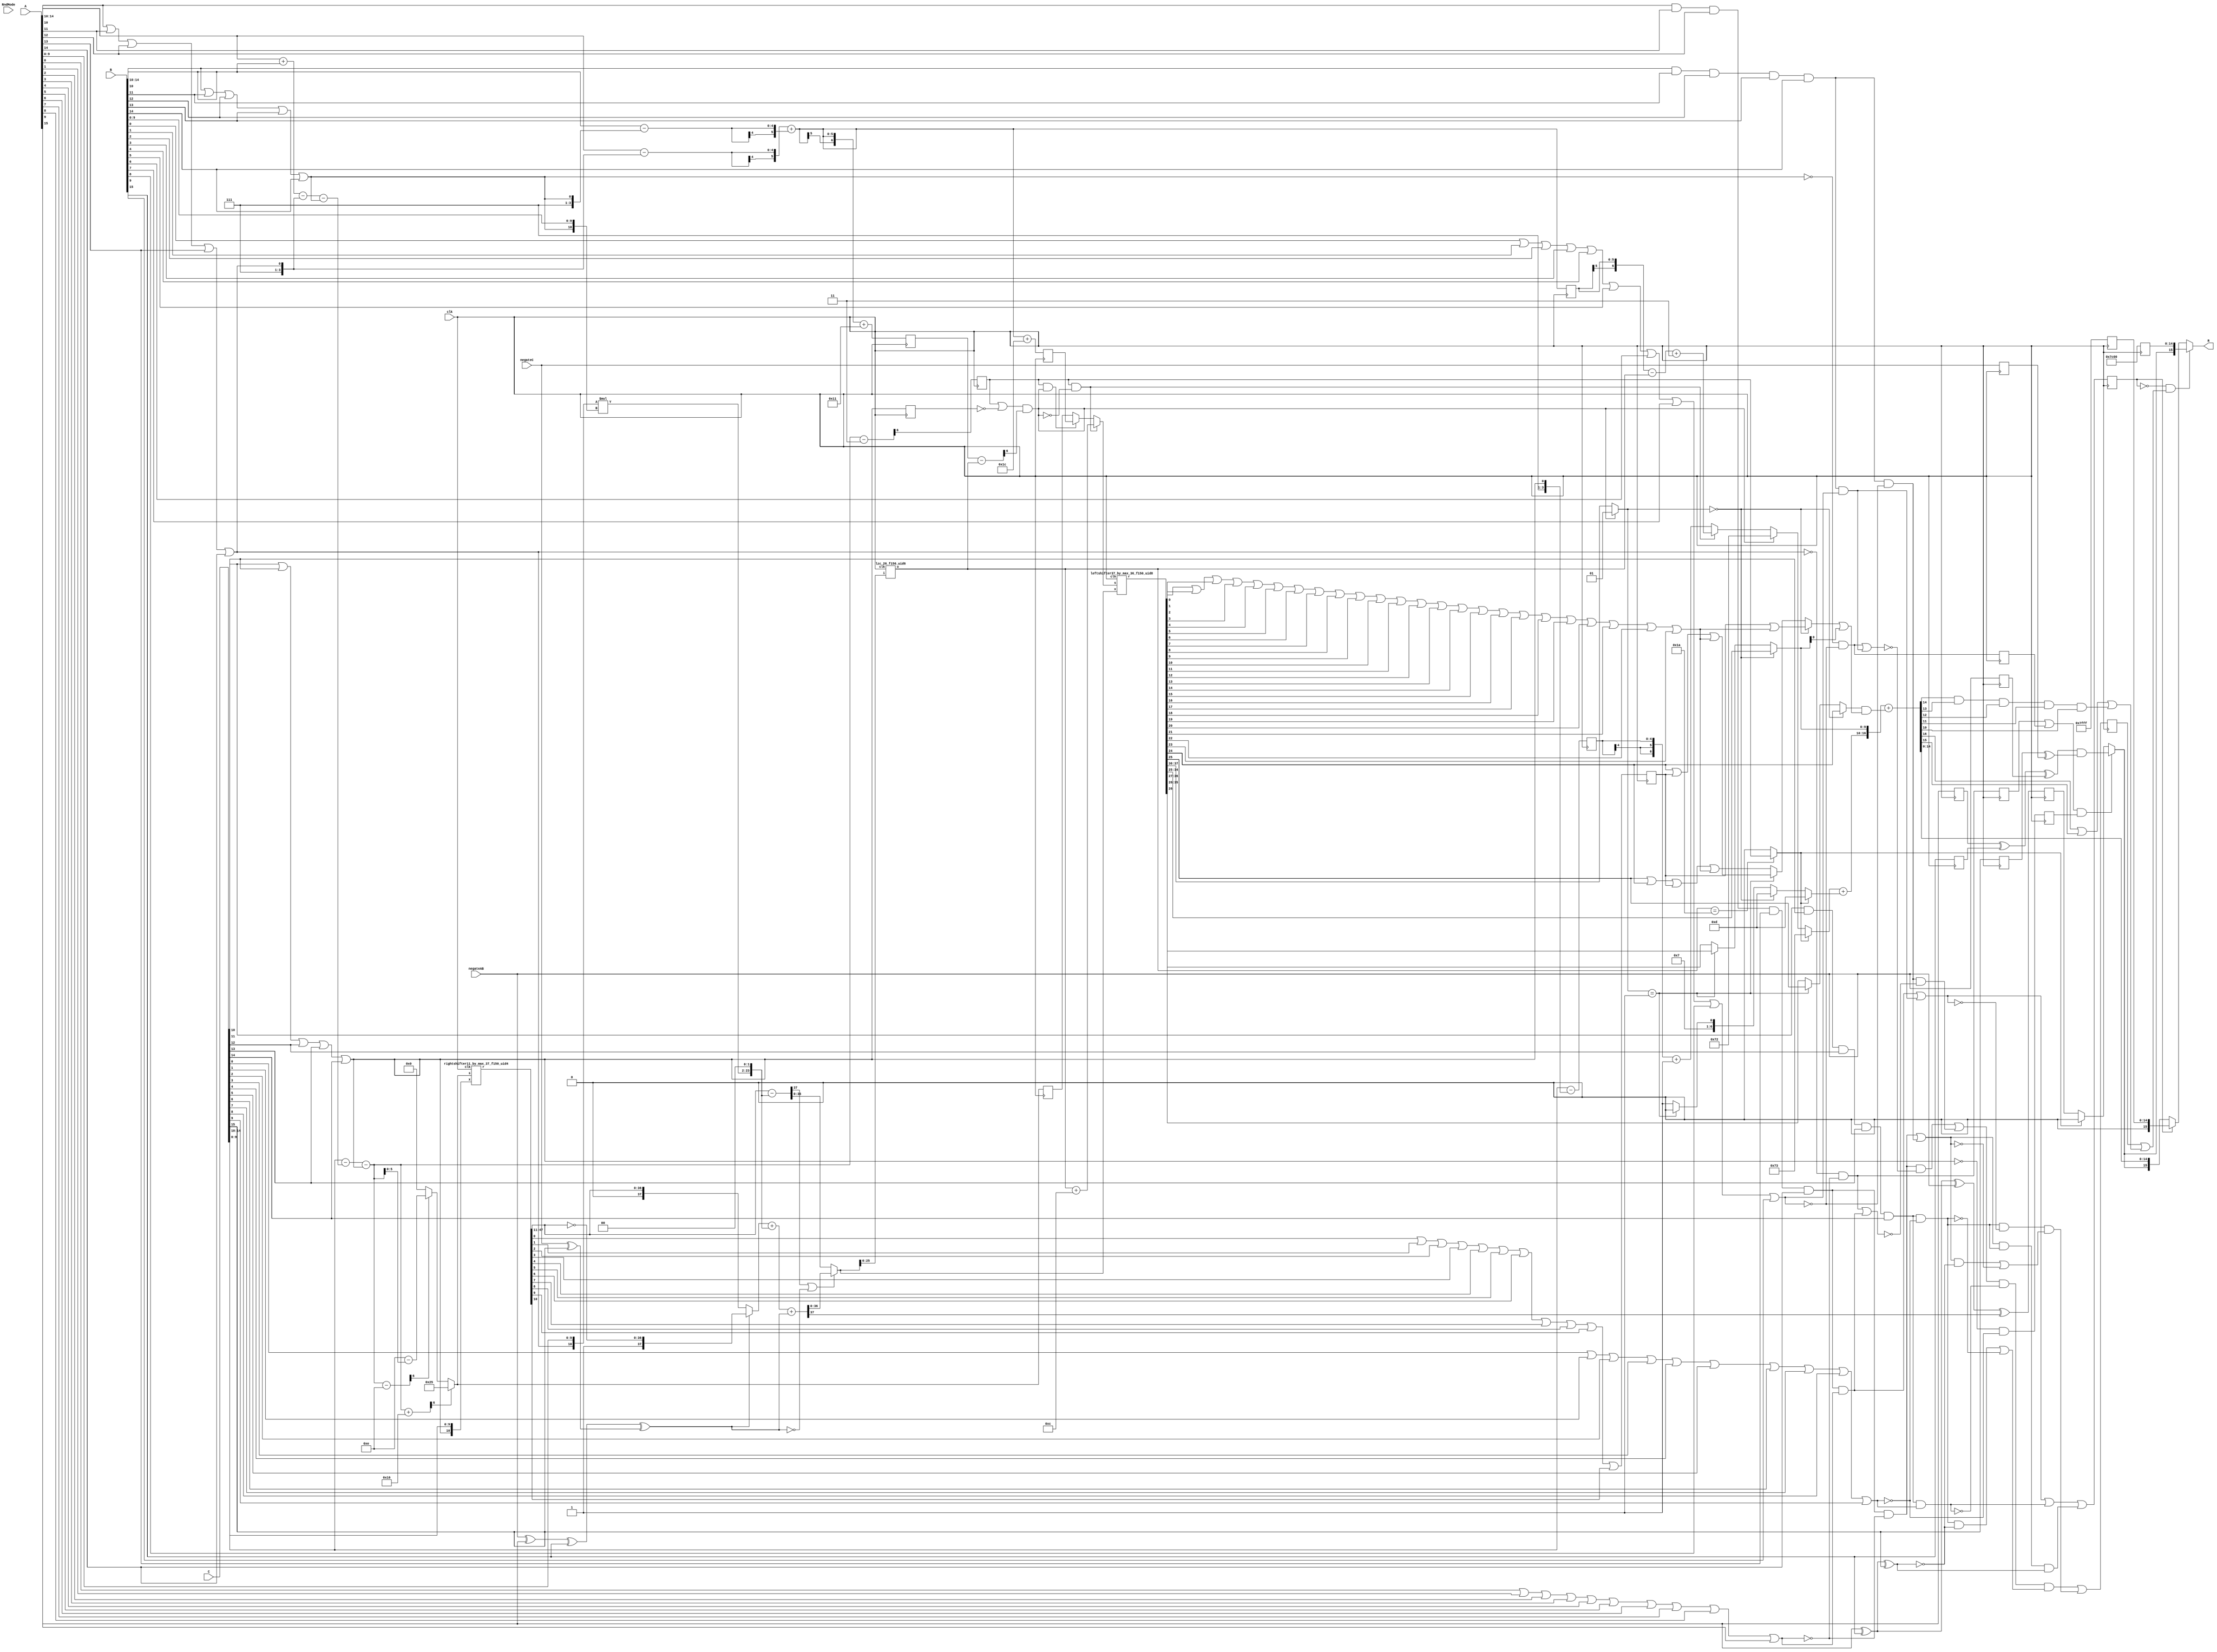
/* Generated by Yosys 0.13+37 (git sha1 675a7bd22, clang 11.0.1-2 -fPIC -Os) */

module IEEEFMA_H(clk, A, B, C, negateAB, negateC, RndMode, R);
  reg _000_;
  reg _001_;
  wire _002_;
  wire _003_;
  wire _004_;
  wire _005_;
  wire _006_;
  wire _007_;
  wire _008_;
  wire _009_;
  wire _010_;
  wire _011_;
  reg [4:0] _012_;
  wire _013_;
  wire _014_;
  wire _015_;
  wire _016_;
  wire _017_;
  wire _018_;
  wire _019_;
  wire _020_;
  wire _021_;
  wire _022_;
  reg _023_;
  wire _024_;
  wire _025_;
  wire _026_;
  wire _027_;
  wire _028_;
  wire _029_;
  wire _030_;
  wire _031_;
  wire _032_;
  wire _033_;
  reg [5:0] _034_;
  wire _035_;
  wire [4:0] _036_;
  wire _037_;
  wire _038_;
  wire _039_;
  wire _040_;
  wire [6:0] _041_;
  wire [6:0] _042_;
  wire [6:0] _043_;
  wire [6:0] _044_;
  reg _045_;
  wire [6:0] _046_;
  wire [6:0] _047_;
  wire [6:0] _048_;
  wire [6:0] _049_;
  wire [5:0] _050_;
  wire [5:0] _051_;
  wire [5:0] _052_;
  wire [47:0] _053_;
  wire _054_;
  wire _055_;
  reg _056_;
  wire _057_;
  wire _058_;
  wire _059_;
  wire _060_;
  wire _061_;
  wire _062_;
  wire _063_;
  wire _064_;
  wire [21:0] _065_;
  wire _066_;
  reg [6:0] _067_;
  wire [37:0] _068_;
  wire [36:0] _069_;
  wire [37:0] _070_;
  wire [37:0] _071_;
  wire [37:0] _072_;
  wire _073_;
  wire _074_;
  wire _075_;
  wire _076_;
  wire _077_;
  reg [5:0] _078_;
  wire [36:0] _079_;
  wire [4:0] _080_;
  wire [6:0] _081_;
  wire [6:0] _082_;
  wire _083_;
  wire _084_;
  wire _085_;
  wire _086_;
  wire _087_;
  wire _088_;
  reg [14:0] _089_;
  wire _090_;
  wire _091_;
  wire _092_;
  wire _093_;
  wire _094_;
  wire _095_;
  wire _096_;
  wire [5:0] _097_;
  wire [5:0] _098_;
  wire _099_;
  reg [14:0] _100_;
  wire _101_;
  wire [5:0] _102_;
  wire _103_;
  wire [5:0] _104_;
  wire [72:0] _105_;
  wire [6:0] _106_;
  wire [6:0] _107_;
  wire [6:0] _108_;
  wire [6:0] _109_;
  wire _110_;
  reg _111_;
  reg _112_;
  wire _113_;
  wire [6:0] _114_;
  wire [6:0] _115_;
  wire _116_;
  wire _117_;
  wire _118_;
  wire _119_;
  wire _120_;
  wire _121_;
  wire _122_;
  reg _123_;
  wire _124_;
  wire _125_;
  wire _126_;
  wire _127_;
  wire _128_;
  wire _129_;
  wire _130_;
  wire _131_;
  wire _132_;
  wire _133_;
  wire _134_;
  wire _135_;
  wire _136_;
  wire _137_;
  wire _138_;
  wire _139_;
  wire _140_;
  wire [1:0] _141_;
  wire _142_;
  wire [9:0] _143_;
  wire _144_;
  wire _145_;
  wire [9:0] _146_;
  wire _147_;
  wire _148_;
  wire _149_;
  wire _150_;
  wire _151_;
  wire _152_;
  wire _153_;
  wire _154_;
  wire _155_;
  wire _156_;
  wire _157_;
  wire _158_;
  wire _159_;
  wire _160_;
  wire _161_;
  wire _162_;
  wire _163_;
  wire [6:0] _164_;
  wire _165_;
  wire [6:0] _166_;
  wire _167_;
  wire _168_;
  wire [6:0] _169_;
  wire [6:0] _170_;
  wire [16:0] _171_;
  wire _172_;
  wire _173_;
  wire _174_;
  wire _175_;
  wire _176_;
  wire _177_;
  wire _178_;
  wire _179_;
  wire _180_;
  wire _181_;
  wire [15:0] _182_;
  wire [15:0] _183_;
  wire _184_;
  wire _185_;
  wire _186_;
  reg _187_;
  wire _188_;
  wire _189_;
  wire _190_;
  wire _191_;
  wire _192_;
  wire _193_;
  wire _194_;
  wire _195_;
  wire _196_;
  wire _197_;
  reg _198_;
  wire _199_;
  wire _200_;
  wire _201_;
  wire _202_;
  wire _203_;
  wire _204_;
  wire _205_;
  wire _206_;
  wire _207_;
  wire _208_;
  reg [5:0] _209_;
  wire _210_;
  wire _211_;
  wire _212_;
  wire _213_;
  wire _214_;
  wire _215_;
  wire _216_;
  wire _217_;
  wire _218_;
  wire _219_;
  reg _220_;
  wire _221_;
  wire _222_;
  wire _223_;
  wire _224_;
  wire _225_;
  wire _226_;
  wire _227_;
  wire _228_;
  wire [4:0] _229_;
  wire [4:0] _230_;
  reg _231_;
  wire [5:0] _232_;
  wire _233_;
  wire _234_;
  wire _235_;
  wire _236_;
  wire _237_;
  wire _238_;
  wire _239_;
  wire _240_;
  wire _241_;
  reg _242_;
  wire _243_;
  wire _244_;
  wire _245_;
  wire _246_;
  wire _247_;
  wire _248_;
  wire _249_;
  wire _250_;
  wire _251_;
  wire _252_;
  reg _253_;
  wire _254_;
  wire _255_;
  wire _256_;
  wire _257_;
  wire _258_;
  wire _259_;
  wire _260_;
  wire _261_;
  wire _262_;
  wire _263_;
  input [15:0] A;
  wire [15:0] A;
  input [15:0] B;
  wire [15:0] B;
  input [15:0] C;
  wire [15:0] C;
  output [15:0] R;
  wire [15:0] R;
  input [1:0] RndMode;
  wire [1:0] RndMode;
  wire [4:0] aexp;
  wire [4:0] aexpfield;
  wire [5:0] aexpplusbexp;
  wire [5:0] aexpplusbexp_d1;
  wire ahasnonnullsig;
  wire aisinf;
  wire aisinfornan;
  wire aisnan;
  wire aisnormal;
  wire aiszero;
  wire aiszero_d1;
  wire asgn;
  wire asgn_d1;
  wire [10:0] asig;
  wire [9:0] asigfield;
  wire [4:0] bexp;
  wire [4:0] bexpfield;
  wire bhasnonnullsig;
  wire [37:0] bigsum;
  wire [37:0] bigsum2;
  wire [36:0] bigsumabs;
  wire [25:0] bigsumabslowerbits;
  wire [72:0] bigsumnormd;
  wire bisinf;
  wire bisinfornan;
  wire bisnan;
  wire bisnormal;
  wire biszero;
  wire biszero_d1;
  wire bsgn;
  wire bsgn_d1;
  wire [10:0] bsig;
  wire [9:0] bsigfield;
  wire [4:0] cexp;
  wire [4:0] cexp_d1;
  wire [4:0] cexpfield;
  wire chasnonnullsig;
  wire cisinf;
  wire cisinfornan;
  wire cisnan;
  wire cisnormal;
  wire cisnormal_d1;
  wire ciszero;
  wire ciszero_d1;
  input clk;
  wire clk;
  wire csgn;
  wire csgn_d1;
  wire [10:0] csig;
  wire [9:0] csigfield;
  wire [37:0] csiginverted;
  wire [47:0] csigshifted;
  wire [36:0] csigshiftedt;
  wire effectivesub;
  wire [6:0] expdiff;
  wire expdiffnotlarge;
  wire [6:0] expdiffprepare;
  wire expdiffsmall;
  wire expdiffsmall_d1;
  wire expdiffverysmall;
  wire [6:0] exponentresult1;
  wire [6:0] exptentative;
  wire [6:0] expupdate;
  wire finalrisinf;
  wire [1:0] fracleadingbits;
  wire [1:0] fracleadingbitsnormal;
  wire [9:0] fracresultnormd;
  wire fracresultroundbit;
  wire fracresultstickybit;
  wire [13:0] fractentative;
  wire [4:0] \ieeefma_5_10_f150_uid2leadingzerocounter:418 ;
  wire [14:0] inf;
  wire [14:0] inf_d1;
  wire [4:0] l;
  wire [14:0] nan;
  wire [14:0] nan_d1;
  input negateAB;
  wire negateAB;
  input negateC;
  wire negateC;
  wire negateab_d1;
  wire negatec_d1;
  wire [72:0] \normalizationshifter:481 ;
  wire [5:0] normshiftvalue;
  wire [21:0] p;
  wire [36:0] paligned;
  wire [16:0] resultbeforeround;
  wire [16:0] resultrounded;
  wire [47:0] \rightshiftercomponent:339 ;
  wire risnan;
  wire risnan_d1;
  wire rissubnormal;
  wire riszero;
  wire round;
  wire roverflowed;
  wire rsgn;
  wire rsgntentative;
  wire rsgntentative_d1;
  wire [5:0] shiftvalue;
  wire [5:0] shiftvalue_d1;
  wire [5:0] shiftvaluecasesubnormal;
  wire [5:0] shiftvaluecasesubnormal_d1;
  wire sticky1;
  wire sticky1_d1;
  wire sticky2;
  wire tentativerisinf;
  wire tentativerisinf_d1;
  wire [6:0] tmpexpcomp1;
  wire [6:0] tmpexpcomp2;
  wire [6:0] tmpexpcomp3;
  wire [6:0] tmpexpcompres1;
  wire [6:0] tmpexpcompres1_d1;
  wire [6:0] tmpexpcompres2;
  assign _205_ = _204_ | B[12];
  assign _206_ = _205_ | B[13];
  assign _207_ = _206_ | B[14];
  assign _208_ = B[10] & B[11];
  assign _210_ = _208_ & B[12];
  assign _211_ = _210_ & B[13];
  assign _212_ = _211_ & B[14];
  assign _213_ = B[0] | B[1];
  assign _214_ = _213_ | B[2];
  assign _215_ = _214_ | B[3];
  assign _216_ = _215_ | B[4];
  assign _217_ = _216_ | B[5];
  assign _218_ = _217_ | B[6];
  assign _219_ = _218_ | B[7];
  assign _221_ = _219_ | B[8];
  assign _222_ = _221_ | B[9];
  assign _223_ = ~ bisnormal;
  assign _224_ = ~ bhasnonnullsig;
  assign _225_ = _223_ & _224_;
  assign _226_ = ~ bhasnonnullsig;
  assign _227_ = bisinfornan & _226_;
  assign _228_ = bisinfornan & bhasnonnullsig;
  assign _229_ = aexpfield - { 4'h7, aisnormal };
  assign _230_ = bexpfield - { 4'h7, bisnormal };
  assign _232_ = { aexp[4], aexp } + { bexp[4], bexp };
  assign _233_ = C[10] | C[11];
  assign _234_ = _233_ | C[12];
  assign _235_ = _234_ | C[13];
  assign _236_ = _235_ | C[14];
  assign _237_ = C[10] & C[11];
  assign _238_ = _237_ & C[12];
  assign _239_ = _238_ & C[13];
  assign _240_ = _239_ & C[14];
  assign _241_ = C[0] | C[1];
  assign _243_ = _241_ | C[2];
  assign _244_ = _243_ | C[3];
  assign _245_ = _244_ | C[4];
  assign _246_ = _245_ | C[5];
  assign _247_ = _246_ | C[6];
  assign _248_ = _247_ | C[7];
  assign _249_ = _248_ | C[8];
  assign _250_ = _249_ | C[9];
  assign _251_ = ~ cisnormal;
  assign _252_ = ~ chasnonnullsig;
  assign _254_ = _251_ & _252_;
  assign _255_ = ~ chasnonnullsig;
  assign _256_ = cisinfornan & _255_;
  assign _257_ = cisinfornan & chasnonnullsig;
  assign _258_ = aisnan | bisnan;
  assign _259_ = _258_ | cisnan;
  assign _260_ = aisinf | bisinf;
  assign _261_ = _260_ & cisinf;
  assign _262_ = asgn ^ bsgn;
  assign _263_ = _262_ ^ csgn;
  assign _002_ = _261_ & _263_;
  assign _003_ = _259_ | _002_;
  assign _004_ = biszero | bisnan;
  assign _005_ = ~ _004_;
  assign _006_ = aisinf & _005_;
  assign _007_ = aiszero | aisnan;
  assign _008_ = ~ _007_;
  assign _009_ = bisinf & _008_;
  assign _010_ = _006_ | _009_;
  assign _011_ = ~ cisnan;
  assign _013_ = _010_ & _011_;
  assign _014_ = asgn ^ bsgn;
  assign _015_ = _014_ ^ csgn;
  assign _016_ = ~ _015_;
  assign _017_ = cisinf & _016_;
  assign _018_ = ~ cisinf;
  assign _019_ = _017_ | _018_;
  assign _020_ = _013_ & _019_;
  assign _021_ = aisnan | bisnan;
  assign _022_ = ~ _021_;
  assign _024_ = cisinf & _022_;
  assign _025_ = aisinf | bisinf;
  assign _026_ = asgn ^ bsgn;
  assign _027_ = _026_ ^ csgn;
  assign _028_ = ~ _027_;
  assign _029_ = _025_ & _028_;
  assign _030_ = aisinf | bisinf;
  assign _031_ = ~ _030_;
  assign _032_ = _029_ | _031_;
  assign _033_ = _024_ & _032_;
  assign _035_ = _020_ | _033_;
  assign _036_ = cexpfield - { 4'h7, cisnormal };
  assign _037_ = negateAB ^ asgn;
  assign _038_ = _037_ ^ bsgn;
  always @(posedge clk)
    _000_ <= asgn;
  assign _039_ = negateC ^ csgn;
  assign _040_ = _038_ ^ _039_;
  always @(posedge clk)
    _111_ <= aiszero;
  assign _041_ = { 2'h0, aexpfield } + { 2'h0, bexpfield };
  always @(posedge clk)
    _187_ <= bsgn;
  assign _042_ = _041_ - { 6'h07, aisnormal };
  assign _043_ = _042_ - { 6'h00, bisnormal };
  always @(posedge clk)
    _198_ <= biszero;
  assign _044_ = { 2'h0, cexpfield } - expdiffprepare;
  always @(posedge clk)
    _209_ <= aexpplusbexp;
  assign _046_ = _044_ - { 6'h00, cisnormal };
  assign _047_ = expdiff + 7'h16;
  always @(posedge clk)
    _220_ <= csgn;
  assign _048_ = expdiff - 7'h03;
  always @(posedge clk)
    _231_ <= cisnormal;
  assign _049_ = expdiff - 7'h0e;
  assign _050_ = expdiffverysmall ? 6'h25 : _052_;
  always @(posedge clk)
    _242_ <= ciszero;
  assign _051_ = 6'h0e - expdiff[5:0];
  assign _052_ = expdiffnotlarge ? _051_ : 6'h00;
  always @(posedge clk)
    _253_ <= risnan;
  assign _054_ = csigshifted[0] | csigshifted[1];
  assign _055_ = _054_ | csigshifted[2];
  assign _057_ = _055_ | csigshifted[3];
  always @(posedge clk)
    _001_ <= tentativerisinf;
  assign _058_ = _057_ | csigshifted[4];
  assign _059_ = _058_ | csigshifted[5];
  assign _060_ = _059_ | csigshifted[6];
  assign _061_ = _060_ | csigshifted[7];
  assign _062_ = _061_ | csigshifted[8];
  always @(posedge clk)
    _012_ <= cexp;
  assign _063_ = _062_ | csigshifted[9];
  assign _064_ = _063_ | csigshifted[10];
  always @(posedge clk)
    _023_ <= expdiffsmall;
  assign _065_ = $signed({ 11'h000, asig }) * $signed({ 11'h000, bsig });
  assign _066_ = ~ effectivesub;
  assign _068_ = _066_ ? { 1'h0, csigshiftedt } : { 1'h1, _069_ };
  always @(posedge clk)
    _034_ <= shiftvalue;
  assign _069_ = ~ csigshiftedt;
  always @(posedge clk)
    _045_ <= sticky1;
  assign _070_ = csiginverted + { 1'h0, paligned };
  assign _071_ = _070_ + { 37'h0000000000, effectivesub };
  always @(posedge clk)
    _056_ <= rsgntentative;
  assign _072_ = { 1'h0, csigshiftedt } - { 1'h0, paligned };
  assign _073_ = asgn ^ bsgn;
  assign _074_ = _073_ ^ negateAB;
  always @(posedge clk)
    _067_ <= tmpexpcompres1;
  assign _075_ = _074_ ^ bigsum[37];
  assign _076_ = ~ effectivesub;
  assign _077_ = bigsum2[37] | _076_;
  assign _079_ = _077_ ? bigsum[36:0] : bigsum2[36:0];
  always @(posedge clk)
    _078_ <= shiftvaluecasesubnormal;
  assign _081_ = { aexpplusbexp[5], aexpplusbexp } + 7'h11;
  always @(posedge clk)
    _089_ <= inf;
  assign _082_ = tmpexpcompres1_d1 - { 2'h0, l };
  assign _083_ = ~ cisnormal_d1;
  assign _084_ = expdiffsmall_d1 | _083_;
  always @(posedge clk)
    _100_ <= nan;
  assign _085_ = _084_ & tmpexpcompres2[6];
  assign _086_ = l == 5'h1a;
  assign _087_ = _086_ ? expdiffsmall_d1 : 1'h0;
  always @(posedge clk)
    _112_ <= negateAB;
  assign _088_ = asgn_d1 ^ bsgn_d1;
  assign _090_ = _088_ ^ negateab_d1;
  assign _091_ = csgn_d1 ^ negatec_d1;
  assign _092_ = _090_ & _091_;
  assign _093_ = aiszero_d1 | biszero_d1;
  assign _094_ = _093_ & ciszero_d1;
  assign _095_ = _094_ ? _092_ : _096_;
  always @(posedge clk)
    _123_ <= negateC;
  assign _096_ = riszero ? 1'h0 : rsgntentative_d1;
  assign _097_ = aexpplusbexp + 6'h1c;
  assign _098_ = { 1'h0, l } + 6'h0c;
  assign _099_ = ~ rissubnormal;
  assign _101_ = expdiffsmall_d1 & _099_;
  assign _102_ = _101_ ? _098_ : _104_;
  assign _103_ = expdiffsmall_d1 & rissubnormal;
  assign _104_ = _103_ ? shiftvaluecasesubnormal_d1 : shiftvalue_d1;
  assign _106_ = riszero ? 7'h73 : _107_;
  assign _107_ = rissubnormal ? 7'h72 : _114_;
  assign _108_ = { aexpplusbexp_d1[5], aexpplusbexp_d1 } - { 2'h0, l };
  assign _109_ = _108_ + 7'h03;
  assign _110_ = ~ rissubnormal;
  assign _113_ = expdiffsmall_d1 & _110_;
  assign _114_ = _113_ ? _109_ : _115_;
  assign _115_ = { cexp_d1[4], cexp_d1[4], cexp_d1 } + 7'h01;
  assign _134_ = A[10] | A[11];
  assign _116_ = bigsumnormd[0] | bigsumnormd[1];
  assign _117_ = _116_ | bigsumnormd[2];
  assign _118_ = _117_ | bigsumnormd[3];
  assign _119_ = _118_ | bigsumnormd[4];
  assign _120_ = _119_ | bigsumnormd[5];
  assign _121_ = _120_ | bigsumnormd[6];
  assign _122_ = _121_ | bigsumnormd[7];
  assign _124_ = _122_ | bigsumnormd[8];
  assign _125_ = _124_ | bigsumnormd[9];
  assign _126_ = _125_ | bigsumnormd[10];
  assign _145_ = _134_ | A[12];
  assign _127_ = _126_ | bigsumnormd[11];
  assign _128_ = _127_ | bigsumnormd[12];
  assign _129_ = _128_ | bigsumnormd[13];
  assign _130_ = _129_ | bigsumnormd[14];
  assign _131_ = _130_ | bigsumnormd[15];
  assign _132_ = _131_ | bigsumnormd[16];
  assign _133_ = _132_ | bigsumnormd[17];
  assign _135_ = _133_ | bigsumnormd[18];
  assign _136_ = _135_ | bigsumnormd[19];
  assign _137_ = _136_ | bigsumnormd[20];
  assign _156_ = _145_ | A[13];
  assign _138_ = _137_ | bigsumnormd[21];
  assign _139_ = _138_ | bigsumnormd[22];
  assign _140_ = _139_ | bigsumnormd[23];
  assign _141_ = rissubnormal ? 2'h1 : fracleadingbitsnormal;
  assign _142_ = fracleadingbits == 2'h0;
  assign _143_ = _142_ ? fractentative[10:1] : _146_;
  assign _167_ = _156_ | A[14];
  assign _144_ = fracleadingbits == 2'h1;
  assign _146_ = _144_ ? fractentative[11:2] : fractentative[12:3];
  assign _147_ = fracleadingbits == 2'h0;
  assign _148_ = _147_ ? fractentative[0] : _150_;
  assign _149_ = fracleadingbits == 2'h1;
  assign _150_ = _149_ ? fractentative[1] : fractentative[2];
  assign _151_ = sticky1_d1 | sticky2;
  assign _178_ = A[10] & A[11];
  assign _152_ = fracleadingbits == 2'h0;
  assign _153_ = _152_ ? _151_ : _158_;
  assign _154_ = fractentative[0] | sticky1_d1;
  assign _155_ = _154_ | sticky2;
  assign _157_ = fracleadingbits == 2'h1;
  assign _158_ = _157_ ? _155_ : _161_;
  assign _184_ = _178_ & A[12];
  assign _159_ = fractentative[1] | fractentative[0];
  assign _160_ = _159_ | sticky1_d1;
  assign _161_ = _160_ | sticky2;
  assign _162_ = fracresultstickybit | fracresultnormd[0];
  assign _163_ = fracresultroundbit & _162_;
  assign _164_ = riszero ? 7'h0d : _166_;
  assign _165_ = fracleadingbits == 2'h0;
  assign _166_ = _165_ ? 7'h0d : _169_;
  assign _185_ = _184_ & A[13];
  assign _168_ = fracleadingbits == 2'h1;
  assign _169_ = _168_ ? 7'h0e : 7'h0f;
  assign _170_ = exptentative + expupdate;
  assign _186_ = _185_ & A[14];
  assign _171_ = resultbeforeround + { 16'h0000, round };
  assign _172_ = resultrounded[16] | resultrounded[15];
  assign _173_ = resultrounded[14] & resultrounded[13];
  assign _174_ = _173_ & resultrounded[12];
  assign _175_ = _174_ & resultrounded[11];
  assign _176_ = _175_ & resultrounded[10];
  assign _177_ = _172_ | _176_;
  assign _179_ = tentativerisinf_d1 | roverflowed;
  assign _180_ = ~ risnan_d1;
  assign _181_ = _180_ & finalrisinf;
  assign _182_ = _181_ ? { rsgn, inf_d1 } : _183_;
  assign _183_ = risnan_d1 ? { 1'h0, nan_d1 } : { rsgn, resultrounded[14:0] };
  assign _188_ = A[0] | A[1];
  assign _189_ = _188_ | A[2];
  assign _190_ = _189_ | A[3];
  assign _191_ = _190_ | A[4];
  assign _192_ = _191_ | A[5];
  assign _193_ = _192_ | A[6];
  assign _194_ = _193_ | A[7];
  assign _195_ = _194_ | A[8];
  assign _196_ = _195_ | A[9];
  assign _197_ = ~ aisnormal;
  assign _199_ = ~ ahasnonnullsig;
  assign _200_ = _197_ & _199_;
  assign _201_ = ~ ahasnonnullsig;
  assign _202_ = aisinfornan & _201_;
  assign _203_ = aisinfornan & ahasnonnullsig;
  assign _204_ = B[10] | B[11];
  lzc_26_f150_uid6 ieeefma_5_10_f150_uid2leadingzerocounter (
    .clk(clk),
    .i(bigsumabslowerbits),
    .o(_080_)
  );
  leftshifter37_by_max_36_f150_uid8 normalizationshifter (
    .clk(clk),
    .r(_105_),
    .s(normshiftvalue),
    .x(bigsumabs)
  );
  rightshifter11_by_max_37_f150_uid4 rightshiftercomponent (
    .clk(clk),
    .r(_053_),
    .s(shiftvalue),
    .x(csig)
  );
  assign asgn = A[15];
  assign asgn_d1 = _000_;
  assign aexpfield = A[14:10];
  assign asigfield = A[9:0];
  assign aisnormal = _167_;
  assign aisinfornan = _186_;
  assign ahasnonnullsig = _196_;
  assign aiszero = _200_;
  assign aiszero_d1 = _111_;
  assign aisinf = _202_;
  assign aisnan = _203_;
  assign bsgn = B[15];
  assign bsgn_d1 = _187_;
  assign bexpfield = B[14:10];
  assign bsigfield = B[9:0];
  assign bisnormal = _207_;
  assign bisinfornan = _212_;
  assign bhasnonnullsig = _222_;
  assign biszero = _225_;
  assign biszero_d1 = _198_;
  assign bisinf = _227_;
  assign bisnan = _228_;
  assign aexp = _229_;
  assign bexp = _230_;
  assign asig = { aisnormal, asigfield };
  assign bsig = { bisnormal, bsigfield };
  assign aexpplusbexp = _232_;
  assign aexpplusbexp_d1 = _209_;
  assign csgn = C[15];
  assign csgn_d1 = _220_;
  assign cexpfield = C[14:10];
  assign csigfield = C[9:0];
  assign cisnormal = _236_;
  assign cisnormal_d1 = _231_;
  assign cisinfornan = _240_;
  assign chasnonnullsig = _250_;
  assign ciszero = _254_;
  assign ciszero_d1 = _242_;
  assign cisinf = _256_;
  assign cisnan = _257_;
  assign risnan = _003_;
  assign risnan_d1 = _253_;
  assign tentativerisinf = _035_;
  assign tentativerisinf_d1 = _001_;
  assign cexp = _036_;
  assign cexp_d1 = _012_;
  assign effectivesub = _040_;
  assign csig = { cisnormal, csigfield };
  assign expdiffprepare = _043_;
  assign expdiff = _046_;
  assign tmpexpcomp1 = _047_;
  assign expdiffverysmall = tmpexpcomp1[6];
  assign tmpexpcomp2 = _048_;
  assign expdiffsmall = tmpexpcomp2[6];
  assign expdiffsmall_d1 = _023_;
  assign tmpexpcomp3 = _049_;
  assign expdiffnotlarge = tmpexpcomp3[6];
  assign shiftvalue = _050_;
  assign shiftvalue_d1 = _034_;
  assign csigshifted = \rightshiftercomponent:339 ;
  assign sticky1 = _064_;
  assign sticky1_d1 = _045_;
  assign csigshiftedt = csigshifted[47:11];
  assign p = _065_;
  assign paligned = { 13'h0000, p, 2'h0 };
  assign csiginverted = _068_;
  assign bigsum = _071_;
  assign bigsum2 = _072_;
  assign rsgntentative = _075_;
  assign rsgntentative_d1 = _056_;
  assign bigsumabs = _079_;
  assign bigsumabslowerbits = bigsumabs[25:0];
  assign l = \ieeefma_5_10_f150_uid2leadingzerocounter:418 ;
  assign tmpexpcompres1 = _081_;
  assign tmpexpcompres1_d1 = _067_;
  assign tmpexpcompres2 = _082_;
  assign rissubnormal = _085_;
  assign riszero = _087_;
  assign rsgn = _095_;
  assign shiftvaluecasesubnormal = _097_;
  assign shiftvaluecasesubnormal_d1 = _078_;
  assign normshiftvalue = _102_;
  assign bigsumnormd = \normalizationshifter:481 ;
  assign exptentative = _106_;
  assign sticky2 = _140_;
  assign fractentative = bigsumnormd[37:24];
  assign fracleadingbitsnormal = fractentative[13:12];
  assign fracleadingbits = _141_;
  assign fracresultnormd = _143_;
  assign fracresultroundbit = _148_;
  assign fracresultstickybit = _153_;
  assign round = _163_;
  assign expupdate = _164_;
  assign exponentresult1 = _170_;
  assign resultbeforeround = { exponentresult1, fracresultnormd };
  assign resultrounded = _171_;
  assign roverflowed = _177_;
  assign finalrisinf = _179_;
  assign inf = 15'h7c00;
  assign inf_d1 = _089_;
  assign nan = 15'h7fff;
  assign nan_d1 = _100_;
  assign negateab_d1 = _112_;
  assign negatec_d1 = _123_;
  assign \rightshiftercomponent:339  = _053_;
  assign \ieeefma_5_10_f150_uid2leadingzerocounter:418  = _080_;
  assign \normalizationshifter:481  = _105_;
  assign R = _182_;
endmodule

module leftshifter37_by_max_36_f150_uid8(clk, x, s, r);
  reg [36:0] _0_;
  wire [37:0] _1_;
  wire [39:0] _2_;
  wire [43:0] _3_;
  wire [51:0] _4_;
  wire [67:0] _5_;
  wire [99:0] _6_;
  input clk;
  wire clk;
  wire [36:0] level0;
  wire [36:0] level0_d1;
  wire [37:0] level1;
  wire [39:0] level2;
  wire [43:0] level3;
  wire [51:0] level4;
  wire [67:0] level5;
  wire [99:0] level6;
  wire [5:0] ps;
  output [72:0] r;
  wire [72:0] r;
  input [5:0] s;
  wire [5:0] s;
  input [36:0] x;
  wire [36:0] x;
  always @(posedge clk)
    _0_ <= level0;
  assign _1_ = ps[0] ? { level0_d1, 1'h0 } : { 1'h0, level0_d1 };
  assign _2_ = ps[1] ? { level1, 2'h0 } : { 2'h0, level1 };
  assign _3_ = ps[2] ? { level2, 4'h0 } : { 4'h0, level2 };
  assign _4_ = ps[3] ? { level3, 8'h00 } : { 8'h00, level3 };
  assign _5_ = ps[4] ? { level4, 16'h0000 } : { 16'h0000, level4 };
  assign _6_ = ps[5] ? { level5, 32'h00000000 } : { 32'h00000000, level5 };
  assign ps = s;
  assign level0 = x;
  assign level0_d1 = _0_;
  assign level1 = _1_;
  assign level2 = _2_;
  assign level3 = _3_;
  assign level4 = _4_;
  assign level5 = _5_;
  assign level6 = _6_;
  assign r = level6[72:0];
endmodule

module lzc_26_f150_uid6(clk, i, o);
  reg [6:0] _00_;
  reg _01_;
  reg [2:0] _02_;
  wire _03_;
  wire _04_;
  wire [14:0] _05_;
  wire _06_;
  wire _07_;
  wire [6:0] _08_;
  wire _09_;
  wire _10_;
  wire [2:0] _11_;
  wire _12_;
  wire _13_;
  wire _14_;
  wire _15_;
  wire [1:0] _16_;
  input clk;
  wire clk;
  wire digit2;
  wire digit2_d1;
  wire digit3;
  wire digit4;
  input [25:0] i;
  wire [25:0] i;
  wire [2:0] level2;
  wire [6:0] level3;
  wire [6:0] level3_d1;
  wire [14:0] level4;
  wire [30:0] level5;
  wire [1:0] lowbits;
  output [4:0] o;
  wire [4:0] o;
  wire [2:0] outhighbits;
  wire [2:0] outhighbits_d1;
  always @(posedge clk)
    _00_ <= level3;
  always @(posedge clk)
    _01_ <= digit2;
  always @(posedge clk)
    _02_ <= outhighbits;
  assign _03_ = level5[30:15] == 16'h0000;
  assign _04_ = _03_ ? 1'h1 : 1'h0;
  assign _05_ = digit4 ? level5[14:0] : level5[30:16];
  assign _06_ = level4[14:7] == 8'h00;
  assign _07_ = _06_ ? 1'h1 : 1'h0;
  assign _08_ = digit3 ? level4[6:0] : level4[14:8];
  assign _09_ = level3[6:3] == 4'h0;
  assign _10_ = _09_ ? 1'h1 : 1'h0;
  assign _11_ = digit2_d1 ? level3_d1[2:0] : level3_d1[6:4];
  assign _12_ = level2 == 3'h0;
  assign _13_ = level2 == 3'h1;
  assign _14_ = level2 == 3'h2;
  assign _15_ = level2 == 3'h3;
  function [1:0] \804 ;
    input [1:0] a;
    input [7:0] b;
    input [3:0] s;
    (* parallel_case *)
    casez (s)
      4'b???1:
        \804  = b[1:0];
      4'b??1?:
        \804  = b[3:2];
      4'b?1??:
        \804  = b[5:4];
      4'b1???:
        \804  = b[7:6];
      default:
        \804  = a;
    endcase
  endfunction
  assign _16_ = \804 (2'h0, 8'h5b, { _15_, _14_, _13_, _12_ });
  assign level5 = { i, 5'h1f };
  assign digit4 = _04_;
  assign level4 = _05_;
  assign digit3 = _07_;
  assign level3 = _08_;
  assign level3_d1 = _00_;
  assign digit2 = _10_;
  assign digit2_d1 = _01_;
  assign level2 = _11_;
  assign lowbits = _16_;
  assign outhighbits = { digit4, digit3, digit2 };
  assign outhighbits_d1 = _02_;
  assign o = { outhighbits_d1, lowbits };
endmodule

module rightshifter11_by_max_37_f150_uid4(clk, x, s, r);
  wire [11:0] _0_;
  wire [13:0] _1_;
  wire [17:0] _2_;
  wire [25:0] _3_;
  wire [41:0] _4_;
  wire [73:0] _5_;
  input clk;
  wire clk;
  wire [10:0] level0;
  wire [11:0] level1;
  wire [13:0] level2;
  wire [17:0] level3;
  wire [25:0] level4;
  wire [41:0] level5;
  wire [73:0] level6;
  wire [5:0] ps;
  output [47:0] r;
  wire [47:0] r;
  input [5:0] s;
  wire [5:0] s;
  input [10:0] x;
  wire [10:0] x;
  assign _0_ = ps[0] ? { 1'h0, level0 } : { level0, 1'h0 };
  assign _1_ = ps[1] ? { 2'h0, level1 } : { level1, 2'h0 };
  assign _2_ = ps[2] ? { 4'h0, level2 } : { level2, 4'h0 };
  assign _3_ = ps[3] ? { 8'h00, level3 } : { level3, 8'h00 };
  assign _4_ = ps[4] ? { 16'h0000, level4 } : { level4, 16'h0000 };
  assign _5_ = ps[5] ? { 32'h00000000, level5 } : { level5, 32'h00000000 };
  assign ps = s;
  assign level0 = x;
  assign level1 = _0_;
  assign level2 = _1_;
  assign level3 = _2_;
  assign level4 = _3_;
  assign level5 = _4_;
  assign level6 = _5_;
  assign r = level6[73:26];
endmodule